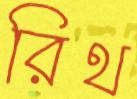
রিথ